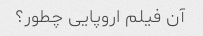
آن فیلم اروپایی چطور؟